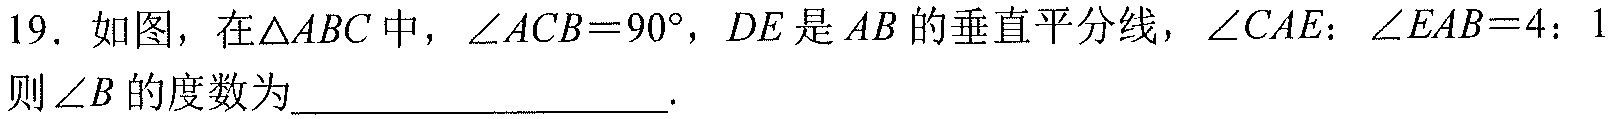
19. 如图，在\(\triangle ABC\)中，\(\angle ACB = 90^{\circ}\)，\(DE\)是\(AB\)的垂直平分线，\(\angle CAE:\angle EAB = 4:1\)，则\(\angle B\)的度数为________________.